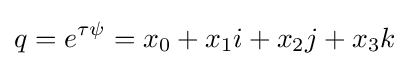
q=e^{\tau \psi }=x_{0}+x_{1}i+x_{2}j+x_{3}k